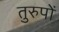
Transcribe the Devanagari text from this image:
तुरुपों